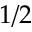
1 / 2